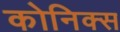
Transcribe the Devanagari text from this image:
कोनिक्स